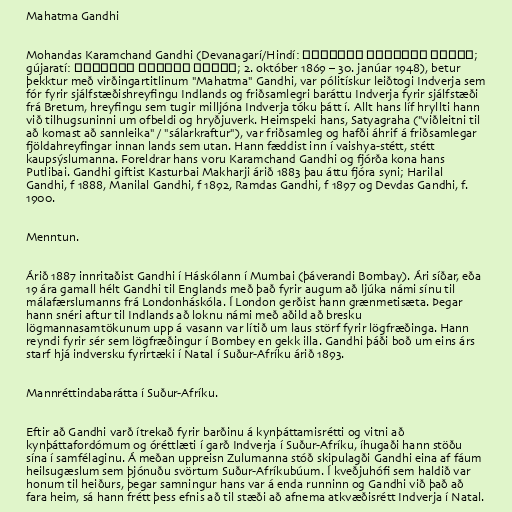
Mahatma Gandhi

Mohandas Karamchand Gandhi (Devanagarí/Hindí: मोहनदास करमचन्द गांधी;
gújaratí: મોહનદાસ કરમચંદ ગાંધી; 2. október 1869 – 30. janúar 1948), betur
þekktur með virðingartitlinum "Mahatma" Gandhi, var pólitískur leiðtogi Indverja sem
fór fyrir sjálfstæðishreyfingu Indlands og friðsamlegri baráttu Indverja fyrir sjálfstæði
frá Bretum, hreyfingu sem tugir milljóna Indverja tóku þátt í. Allt hans líf hryllti hann
við tilhugsuninni um ofbeldi og hryðjuverk. Heimspeki hans, Satyagraha ("viðleitni til
að komast að sannleika" / "sálarkraftur"), var friðsamleg og hafði áhrif á friðsamlegar
fjöldahreyfingar innan lands sem utan. Hann fæddist inn í vaishya-stétt, stétt
kaupsýslumanna. Foreldrar hans voru Karamchand Gandhi og fjórða kona hans
Putlibai. Gandhi giftist Kasturbai Makharji árið 1883 þau áttu fjóra syni; Harilal
Gandhi, f 1888, Manilal Gandhi, f 1892, Ramdas Gandhi, f 1897 og Devdas Gandhi, f.
1900.

Menntun.

Árið 1887 innritaðist Gandhi í Háskólann í Mumbai (þáverandi Bombay). Ári síðar, eða
19 ára gamall hélt Gandhi til Englands með það fyrir augum að ljúka námi sínu til
málafærslumanns frá Londonháskóla. Í London gerðist hann grænmetisæta. Þegar
hann snéri aftur til Indlands að loknu námi með aðild að bresku
lögmannasamtökunum upp á vasann var lítið um laus störf fyrir lögfræðinga. Hann
reyndi fyrir sér sem lögfræðingur í Bombey en gekk illa. Gandhi þáði boð um eins árs
starf hjá indversku fyrirtæki í Natal í Suður-Afríku árið 1893.

Mannréttindabarátta í Suður-Afríku.

Eftir að Gandhi varð ítrekað fyrir barðinu á kynþáttamisrétti og vitni að
kynþáttafordómum og óréttlæti í garð Indverja í Suður-Afríku, íhugaði hann stöðu
sína í samfélaginu. Á meðan uppreisn Zulumanna stóð skipulagði Gandhi eina af fáum
heilsugæslum sem þjónuðu svörtum Suður-Afríkubúum. Í kveðjuhófi sem haldið var
honum til heiðurs, þegar samningur hans var á enda runninn og Gandhi við það að
fara heim, sá hann frétt þess efnis að til stæði að afnema atkvæðisrétt Indverja í Natal.